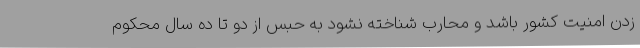
زدن امنیت کشور باشد و محارب شناخته نشود به حبس از دو تا ده سال محکوم